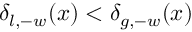
\delta _ { l , - w } ( x ) < \delta _ { g , - w } ( x )